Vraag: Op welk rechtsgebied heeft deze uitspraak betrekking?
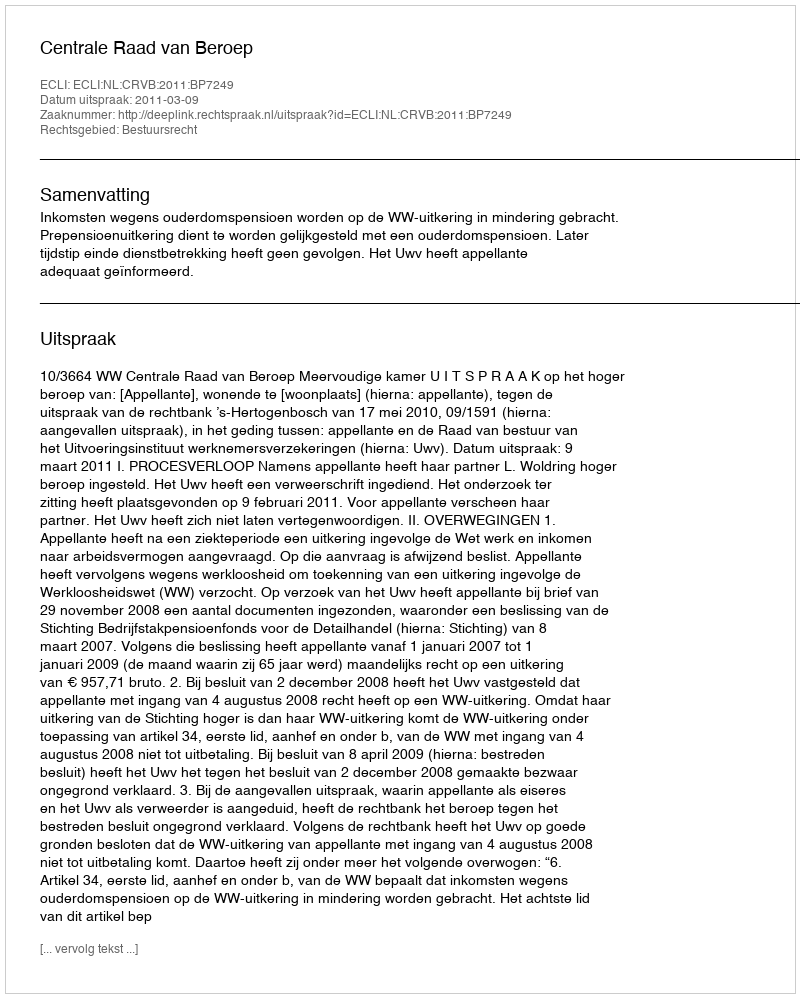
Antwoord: Bestuursrecht